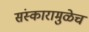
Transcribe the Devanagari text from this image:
संस्कारामुळेच